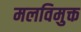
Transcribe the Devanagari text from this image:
मलविमुक्त